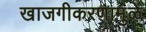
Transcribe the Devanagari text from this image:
खाजगीकरणामुळे